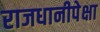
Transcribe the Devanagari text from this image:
राजधानीपेक्षा